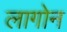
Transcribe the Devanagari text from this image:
लागोन